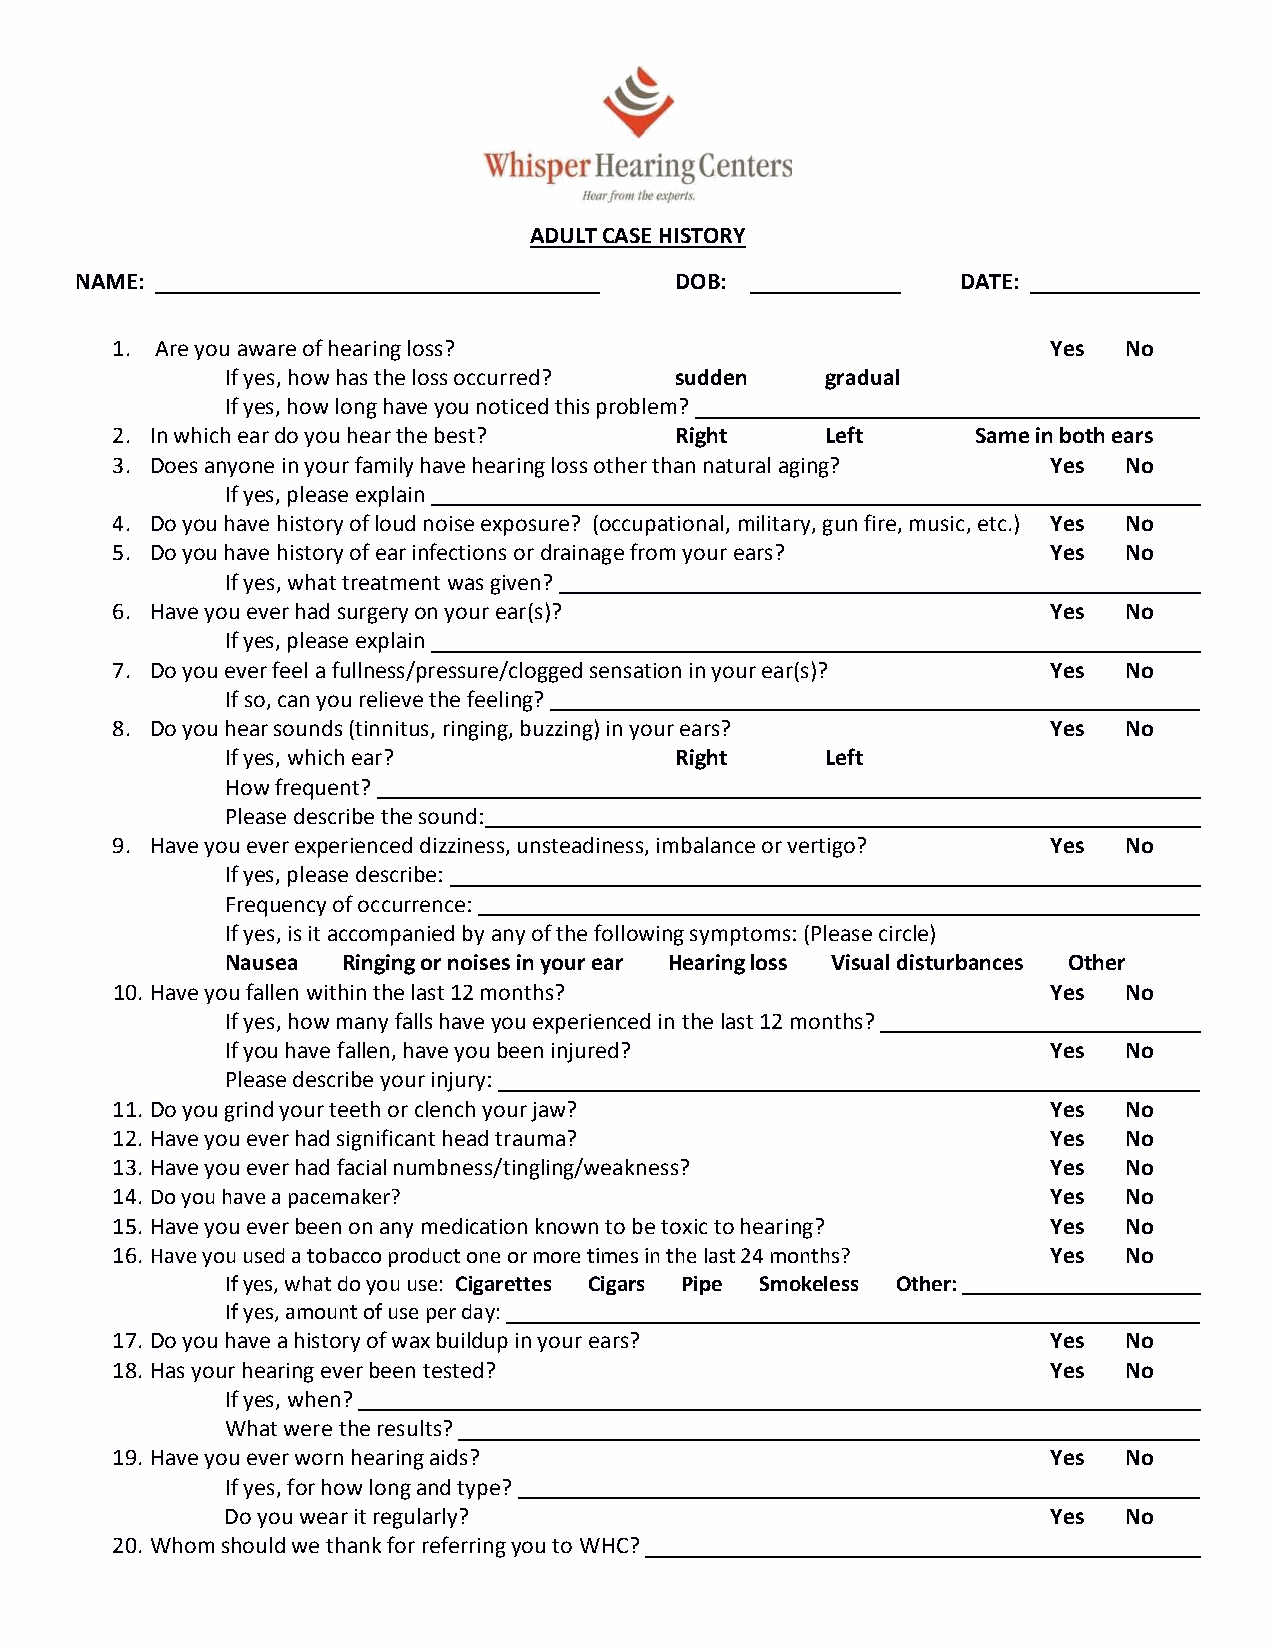
ADULT CASE HISTORY
 NAME:                                   DOB:               DATE:
 1. Are you aware of hearing loss?                              Yes No
 If yes, how has the loss occurred? sudden gradual
 If yes, how long have you noticed this problem?
 2. In which ear do you hear the best? Right     Left      Same in both ears
 3. Does anyone in your family have hearing loss other than natural aging? Yes No
 If yes, please explain
 4. Do you have history of loud noise exposure? (occupational, military, gun fire, music, etc.) Yes No
 5. Do you have history of ear infections or drainage from your ears? Yes No
 If yes, what treatment was given?
 6. Have you ever had surgery on your ear(s)?                   Yes No
 If yes, please explain
 7. Do you ever feel a fullness/pressure/clogged sensation in your ear(s)? Yes No
 If so, can you relieve the feeling?
 8. Do you hear sounds (tinnitus, ringing, buzzing) in your ears? Yes No
 If yes, which ear?            Right     Left
 How frequent?
 Please describe the sound:
 9. Have you ever experienced dizziness, unsteadiness, imbalance or vertigo? Yes No
 If yes, please describe:
 Frequency of occurrence:
 If yes, is it accompanied by any of the following symptoms: (Please circle)
 Nausea  Ringing or noises in your ear Hearing loss Visual disturbances Other
 10. Have you fallen within the last 12 months?                 Yes No
 If yes, how many falls have you experienced in the last 12 months?
 If you have fallen, have you been injured?             Yes No
 Please describe your injury:
 11. Do you grind your teeth or clench your jaw?                Yes No
 12. Have you ever had significant head trauma?                 Yes No
 13. Have you ever had facial numbness/tingling/weakness?       Yes No
 14. Do you have a pacemaker?                                   Yes No
 15. Have you ever been on any medication known to be toxic to hearing? Yes No
 16. Have you used a tobacco product one or more times in the last 24 months? Yes No
 If yes, what do you use: Cigarettes Cigars Pipe Smokeless Other:
 If yes, amount of use per day:
 17. Do you have a history of wax buildup in your ears?         Yes No
 18. Has your hearing ever been tested?                         Yes No
 If yes, when?
 What were the results?
 19. Have you ever worn hearing aids?                           Yes No
 If yes, for how long and type?
 Do you wear it regularly?                              Yes No
 20. Whom should we thank for referring you to WHC?